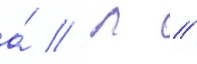
а́ // Л //